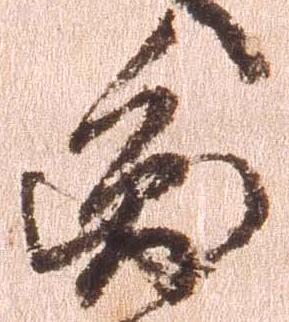
円